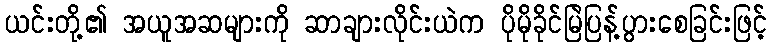
ယင်းတို့၏ အယူအဆများကို ဆာချားလိုင်းယဲက ပိုမိုခိုင်မြဲပြန့်ပွားစေခြင်းဖြင့်